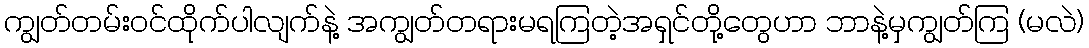
ကျွတ်တမ်းဝင်ထိုက်ပါလျက်နဲ့ အကျွတ်တရားမရကြတဲ့အရှင်တို့တွေဟာ ဘာနဲ့မှကျွတ်ကြ (မလဲ)